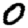
Digit: 0